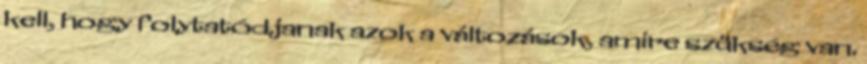
kell, hogy folytatódjanak azok a változások, amire szükség van.